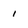
Character: 1